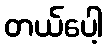
တယ်ပေါ့